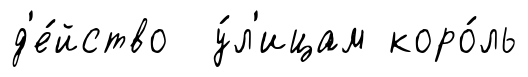
д'е́йство у́л'ицам коро́ль